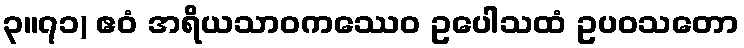
၃။၇၁) ဧဝံ အရိယသာဝကဿေဝ ဥပေါသထံ ဥပဝသတော